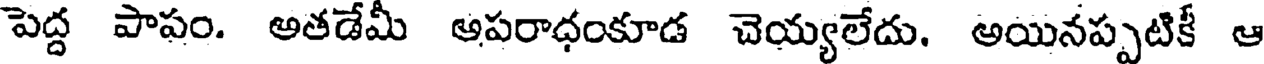
పెద్ద పాపం. అతడేమీ ఆపరాధంకూడ చెయ్యలేదు. అయినప్పటికీ ఆ